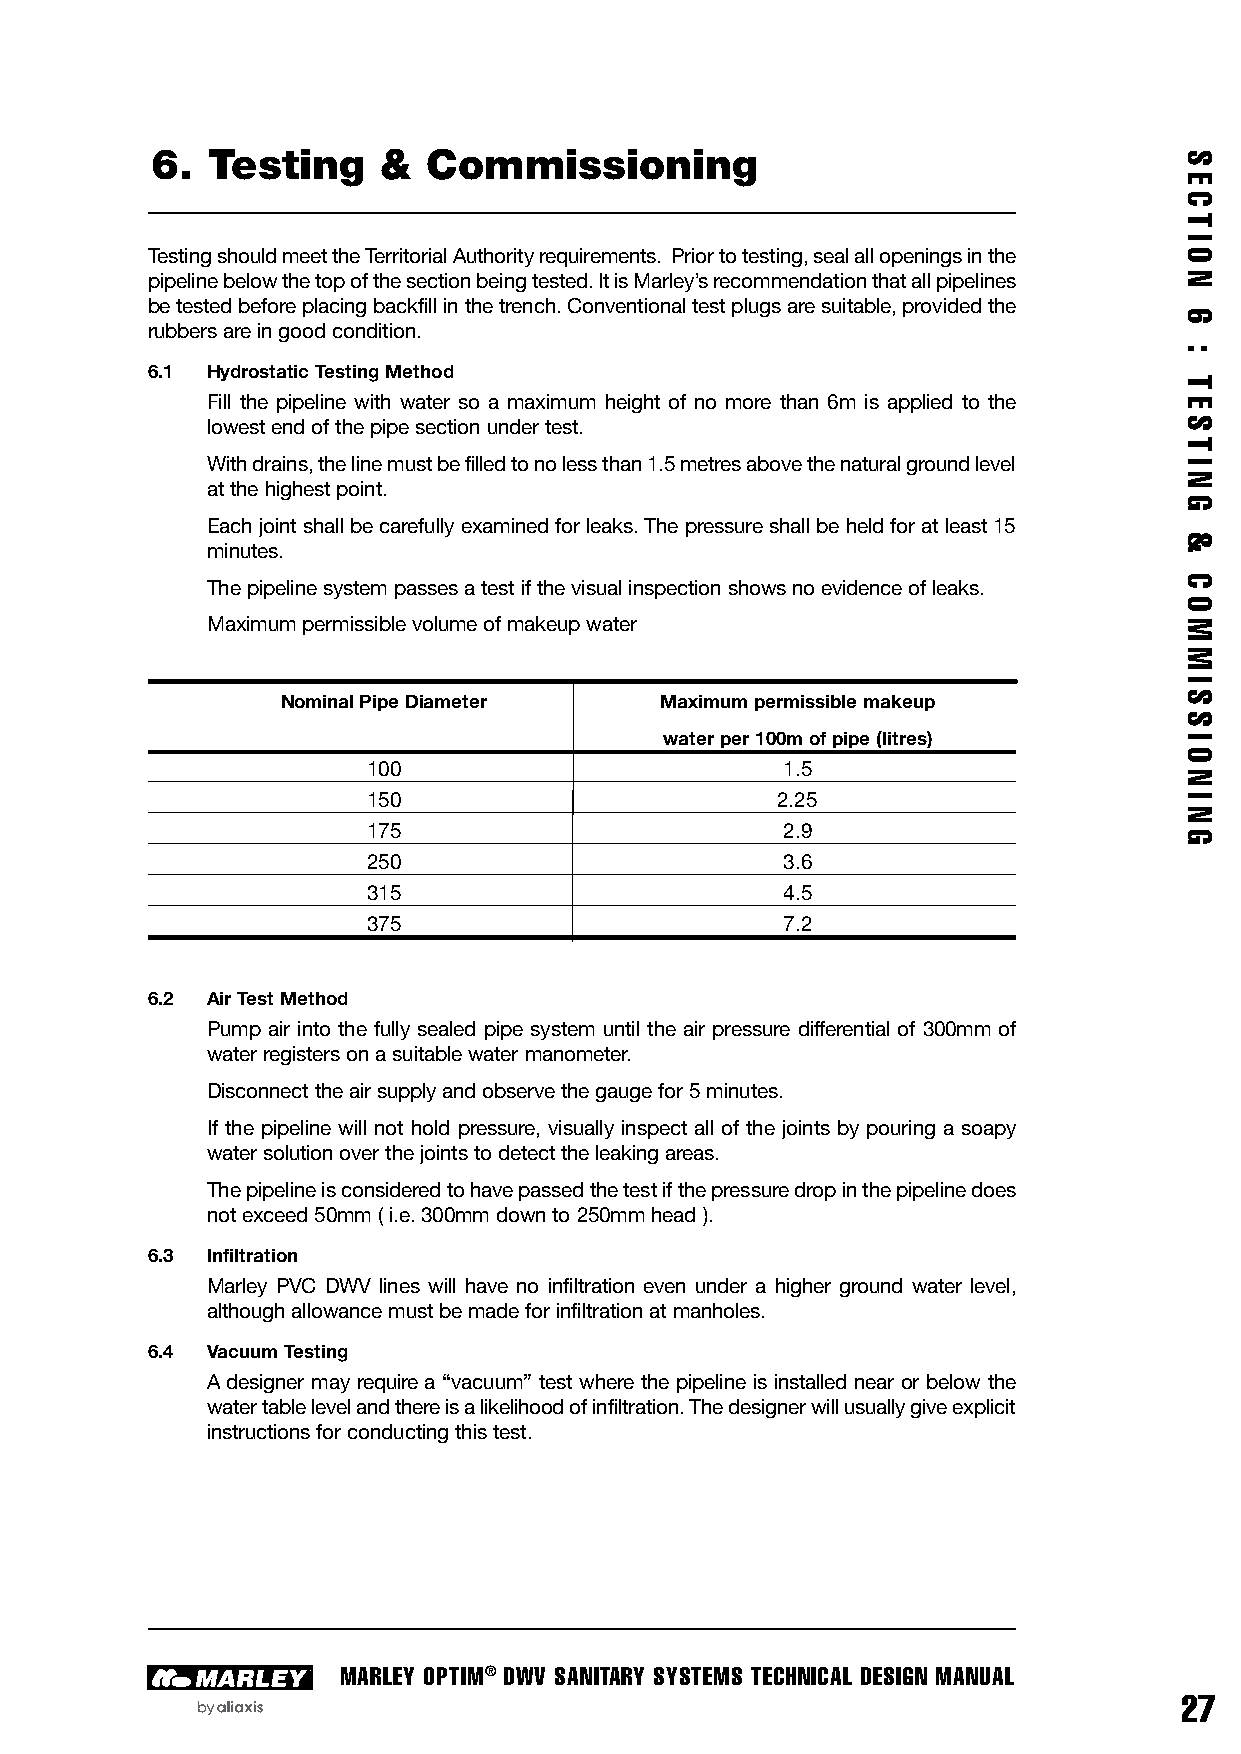
6.  Testing    &  Commissioning
 Testing should meet the Territorial Authority requirements. Prior to testing, seal all openings in the
 pipeline below the top of the section being tested. It is Marley’s recommendation that all pipelines
 be tested before placing backfill in the trench. Conventional test plugs are suitable, provided the
 rubbers are in good condition.
 6.1 Hydrostatic Testing Method
 Fill the pipeline with water so a maximum height of no more than 6m is applied to the
 lowest end of the pipe section under test.
 With drains, the line must be filled to no less than 1.5 metres above the natural ground level
 at the highest point.
 Each joint shall be carefully examined for leaks. The pressure shall be held for at least 15
 minutes.
 The pipeline system passes a test if the visual inspection shows no evidence of leaks.
 Maximum permissible volume of makeup water
 Nominal Pipe Diameter    Maximum permissible makeup
 water per 100m of pipe (litres)
 100                         1.5
 150                        2.25
 175                         2.9
 250                         3.6
 315                         4.5
 375                         7.2
 6.2 Air Test Method
 Pump air into the fully sealed pipe system until the air pressure differential of 300mm of
 water registers on a suitable water manometer.
 Disconnect the air supply and observe the gauge for 5 minutes.
 If the pipeline will not hold pressure, visually inspect all of the joints by pouring a soapy
 water solution over the joints to detect the leaking areas.
 The pipeline is considered to have passed the test if the pressure drop in the pipeline does
 not exceed 50mm ( i.e. 300mm down to 250mm head ).
 6.3 Infiltration
 Marley PVC DWV lines will have no infiltration even under a higher ground water level,
 although allowance must be made for infiltration at manholes.
 6.4 Vacuum Testing
 A designer may require a “vacuum” test where the pipeline is installed near or below the
 water table level and there is a likelihood of infiltration. The designer will usually give explicit
 instructions for conducting this test.
 MARLEY OPTIM® DWV SANITARY SYSTEMS TECHNICAL DESIGN MANUAL
 27
 S
 E
 C
 T
 I
 O
 N
 6
 :
 T
 E
 S
 T
 I
 N
 G
 &
 C
 O
 M
 M
 I
 S
 S
 I
 O
 N
 I
 N
 G